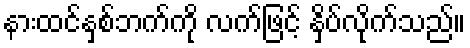
နားထင်နှစ်ဘက်ကို လက်ဖြင့် နှိပ်လိုက်သည်။